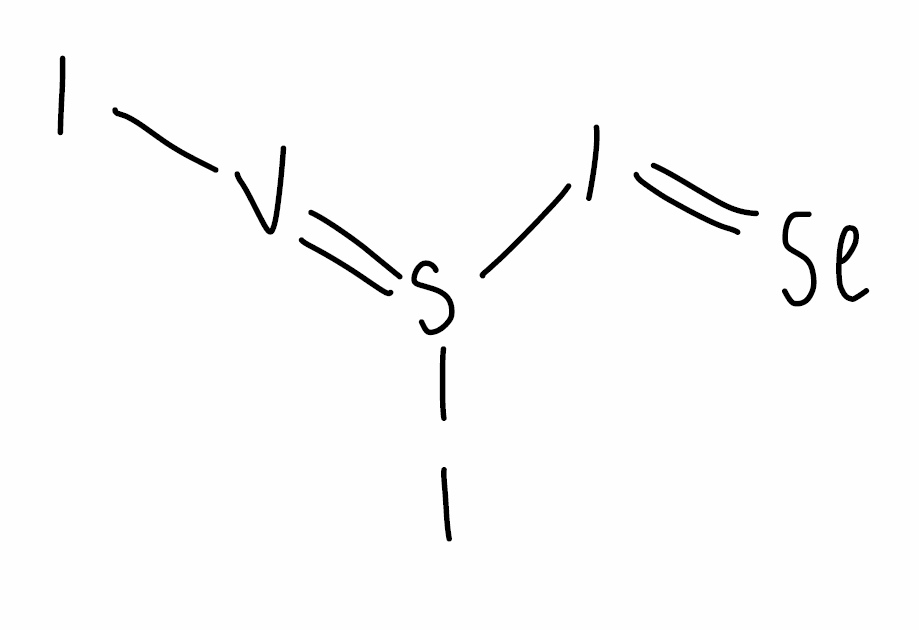
Simplified molecular-input line-entry system (SMILES) notation of the given molecule:
S(=[V]I)(I)I=[Se]